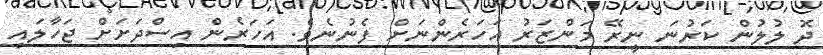
ދޮ ލުލުން ކަރުނަ ނީރޭ މަންޒަރު އަހަރެންނަށް ފެނުނެވެ. އަހަރެން އިސްދަށަށް ޖަހާލައި